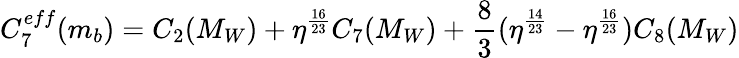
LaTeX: C_{7}^{eff}(m_{b})=C_{2}(M_{W})+\eta^{\frac{16}{23}}C_{7}(M_{W})+{\frac{8}{3}}(\eta^{\frac{14}{23}}-\eta^{\frac{16}{23}})C_{8}(M_{W})